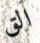
الق